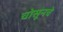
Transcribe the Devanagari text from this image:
चोसूनचे